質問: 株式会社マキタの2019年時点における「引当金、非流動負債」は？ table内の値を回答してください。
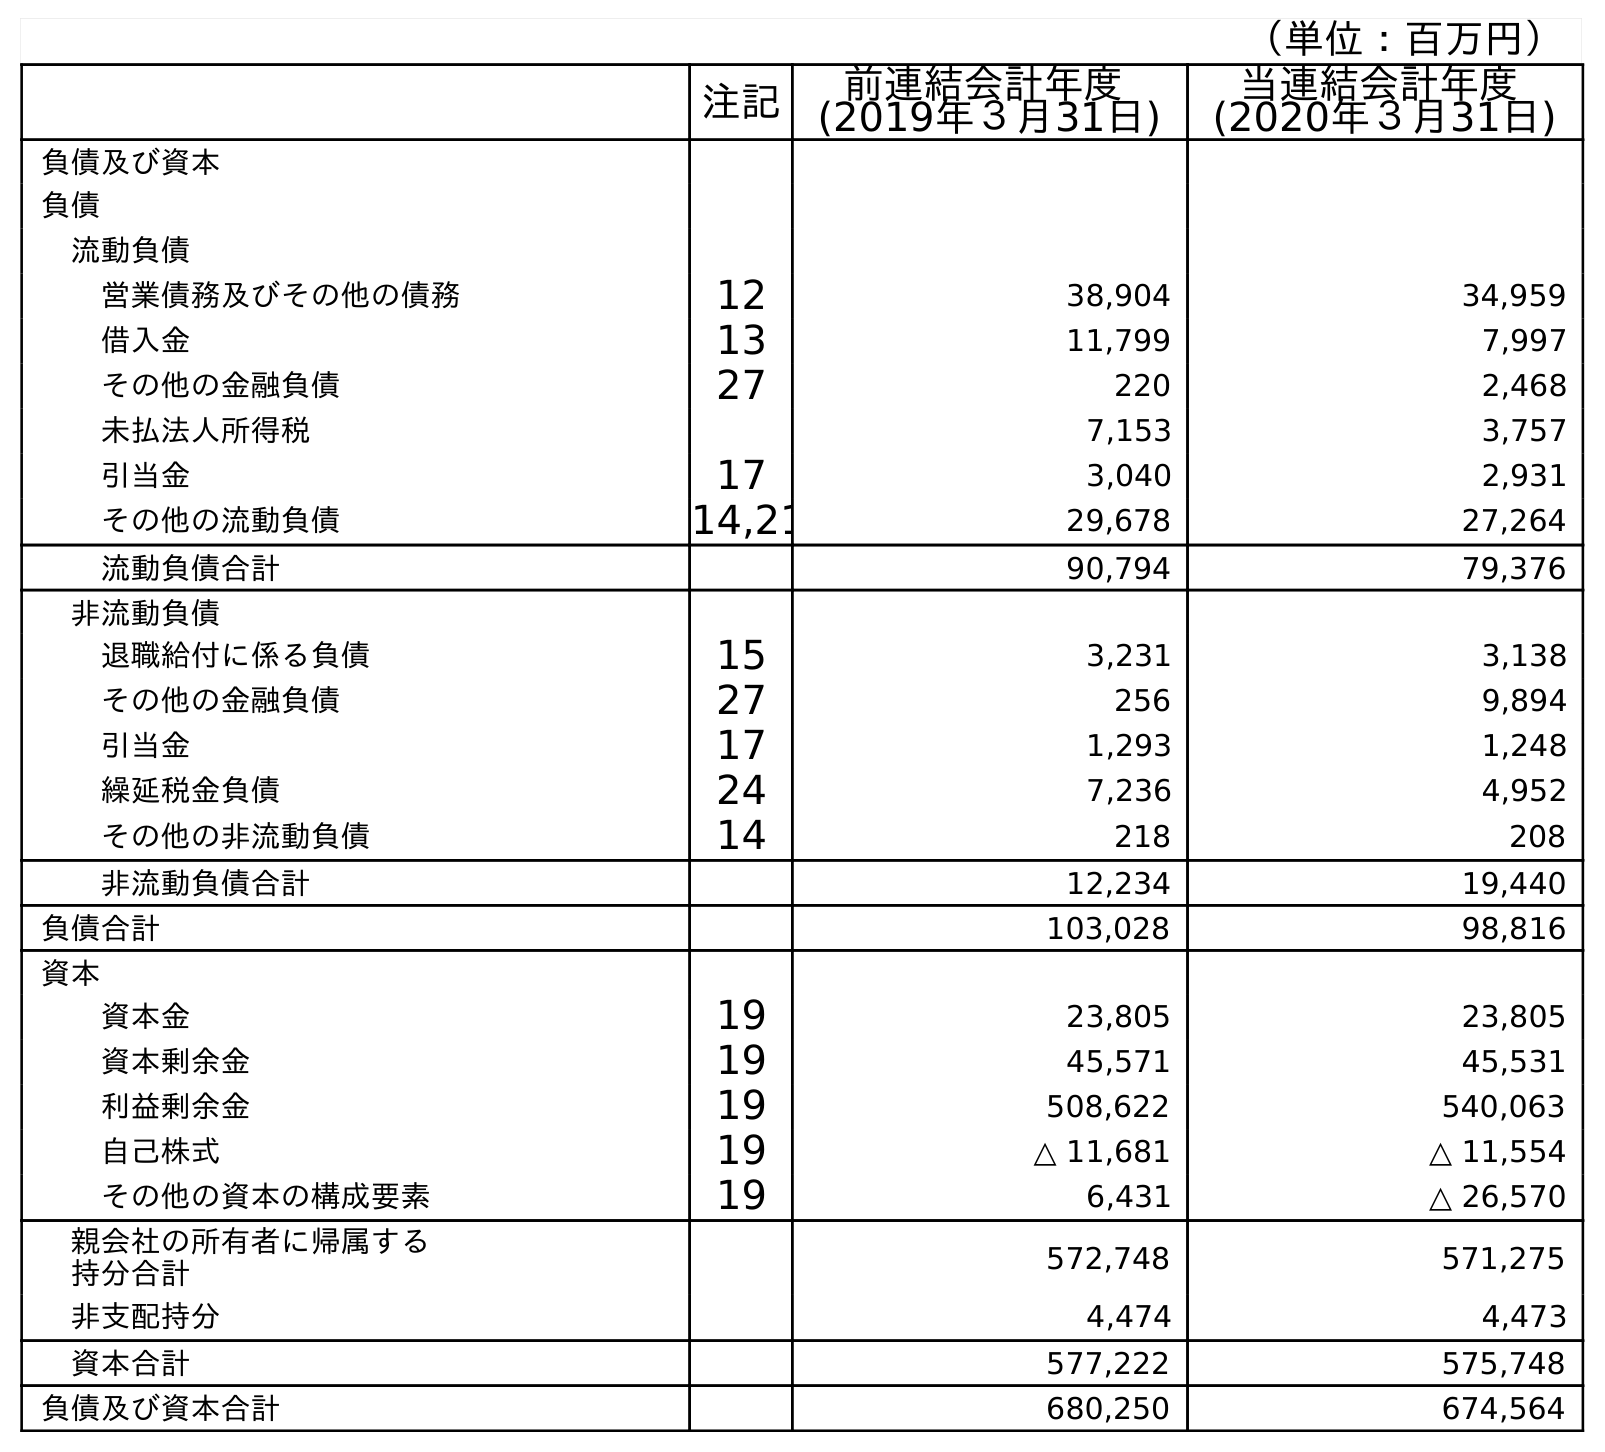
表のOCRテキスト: （単位：百万円） 注記 前連結会計年度 (2019年３月31日) 当連結会計年度 (2020年３月31日) 負債及び資本 負債 流動負債 営業債務及びその他の債務 12 38,904 34,959 借入金 13 11,799 7,997 その他の金融負債 27 220 2,468 未払法人所得税 7,153 3,757 引当金 17 3,040 2,931 その他の流動負債 14,21 29,678 27,264 流動負債合計 90,794 79,376 非流動負債 退職給付に係る負債 15 3,231 3,138 その他の金融負債 27 256 9,894 引当金 17 1,293 1,248 繰延税金負債 24 7,236 4,952 その他の非流動負債 14 218 208 非流動負債合計 12,234 19,440 負債合計 103,028 98,816 資本 資本金 19 23,805 23,805 資本剰余金 19 45,571 45,531 利益剰余金 19 508,622 540,063 自己株式 19 △ 11,681 △ 11,554 その他の資本の構成要素 19 6,431 △ 26,570 親会社の所有者に帰属する 持分合計 572,748 571,275 非支配持分 4,474 4,473 資本合計 577,222 575,748 負債及び資本合計 680,250 674,564
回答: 1,293